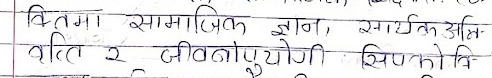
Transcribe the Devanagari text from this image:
वक्तृत्व सामाजिक ज्ञान, सार्थक अभि-
वृत्ति र जीवनोपयोगी सिपकोभि-